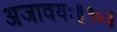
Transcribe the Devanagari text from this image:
अजावयः॥१०॥